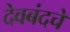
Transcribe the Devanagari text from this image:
देवबंदचे